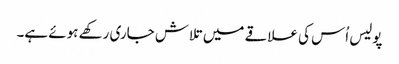
پولیس اُس کی علاقے میں تلاش جاری رکھے ہوئے ہے۔